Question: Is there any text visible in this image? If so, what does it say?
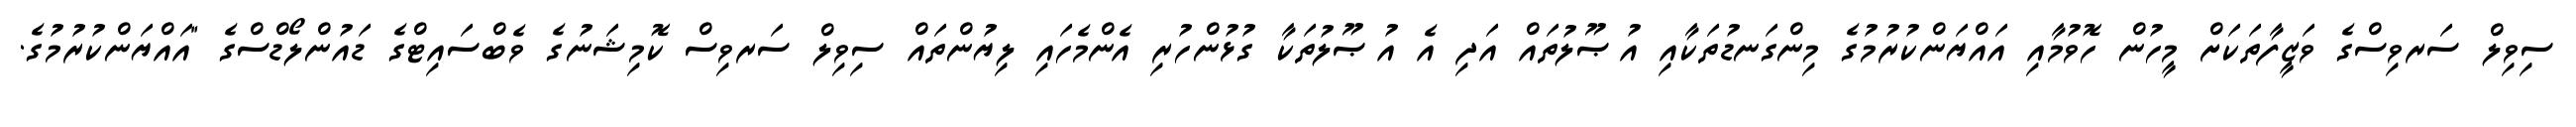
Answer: ސިވިލް ސަރވިސްގެ ވަޒީފާތަކަށް މީހުން ހޮވުމާއި އައްޔަންކުރުމުގެ މިންގަނޑުތަކާއި އުޞޫލުތައް އަދި އެ އުޞޫލުތަކާ ގުޅުންހުރި އެންމެހައި ލިޔުންތައް ސިވިލް ސަރވިސް ކޮމިޝަނުގެ ވެބްސައިޓްގެ ޑައުންލޯޑްސްގެ "އައްޔަންކުރުމުގެ.